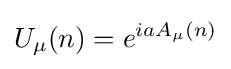
U_{\mu }(n)=e^{iaA_{\mu }(n)}